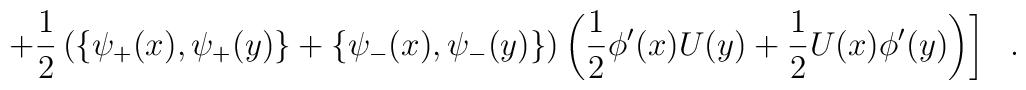
\left. + \frac{1}{2} \left(\{ \psi_+(x), \psi_+(y) \} + \{ \psi_-(x), \psi_-(y)\}\right) \left(\frac{1}{2} \phi^\prime(x) U(y) + \frac{1}{2} U(x)\phi^\prime (y)\right) \right]\ \ .